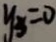
y _ { 3 } = 0